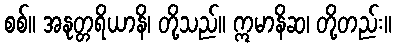
စစ်။ အနုတ္တရိယာနိ၊ တို့သည်။ ဣမာနိဆ၊ တို့တည်း။